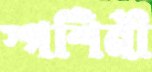
স্পর্শিনী